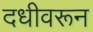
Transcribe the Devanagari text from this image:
दधीवरून